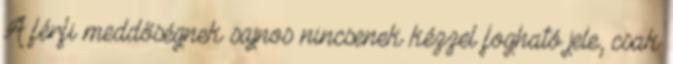
A férfi meddőségnek sajnos nincsenek kézzel fogható jele, csak